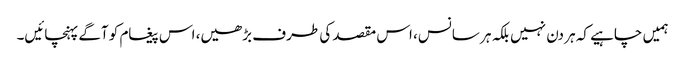
ہمیں چاہیے کہ ہر دن نہیں بلکہ ہر سانس، اس مقصد کی طرف بڑھیں، اس پیغام کو آگے پہنچائیں۔